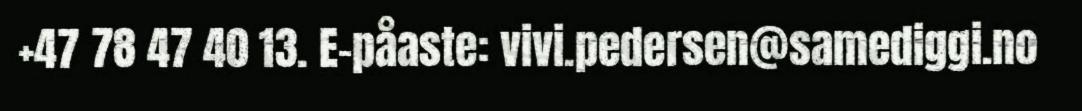
+47 78 47 40 13. E-påaste: vivi.pedersen@samediggi.no